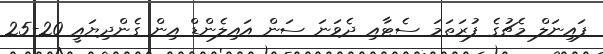
ފައިނަލް މެޗުގެ ފުރަތަމަ ސެޓާއި ދެވަނަ ސަން އައިލެންޑް އިން ގެންދިޔައީ 20-25